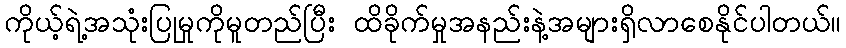
ကိုယ့်ရဲ့အသုံးပြုမှုကိုမူတည်ပြီး ထိခိုက်မှုအနည်းနဲ့အများရှိလာစေနိုင်ပါတယ်။